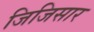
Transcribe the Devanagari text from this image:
जिजिसार